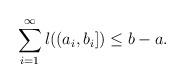
LaTeX: \begin{align*} \sum_{i=1}^{\infty}l((a_{i},b_{i}])\leq b-a.\end{align*}